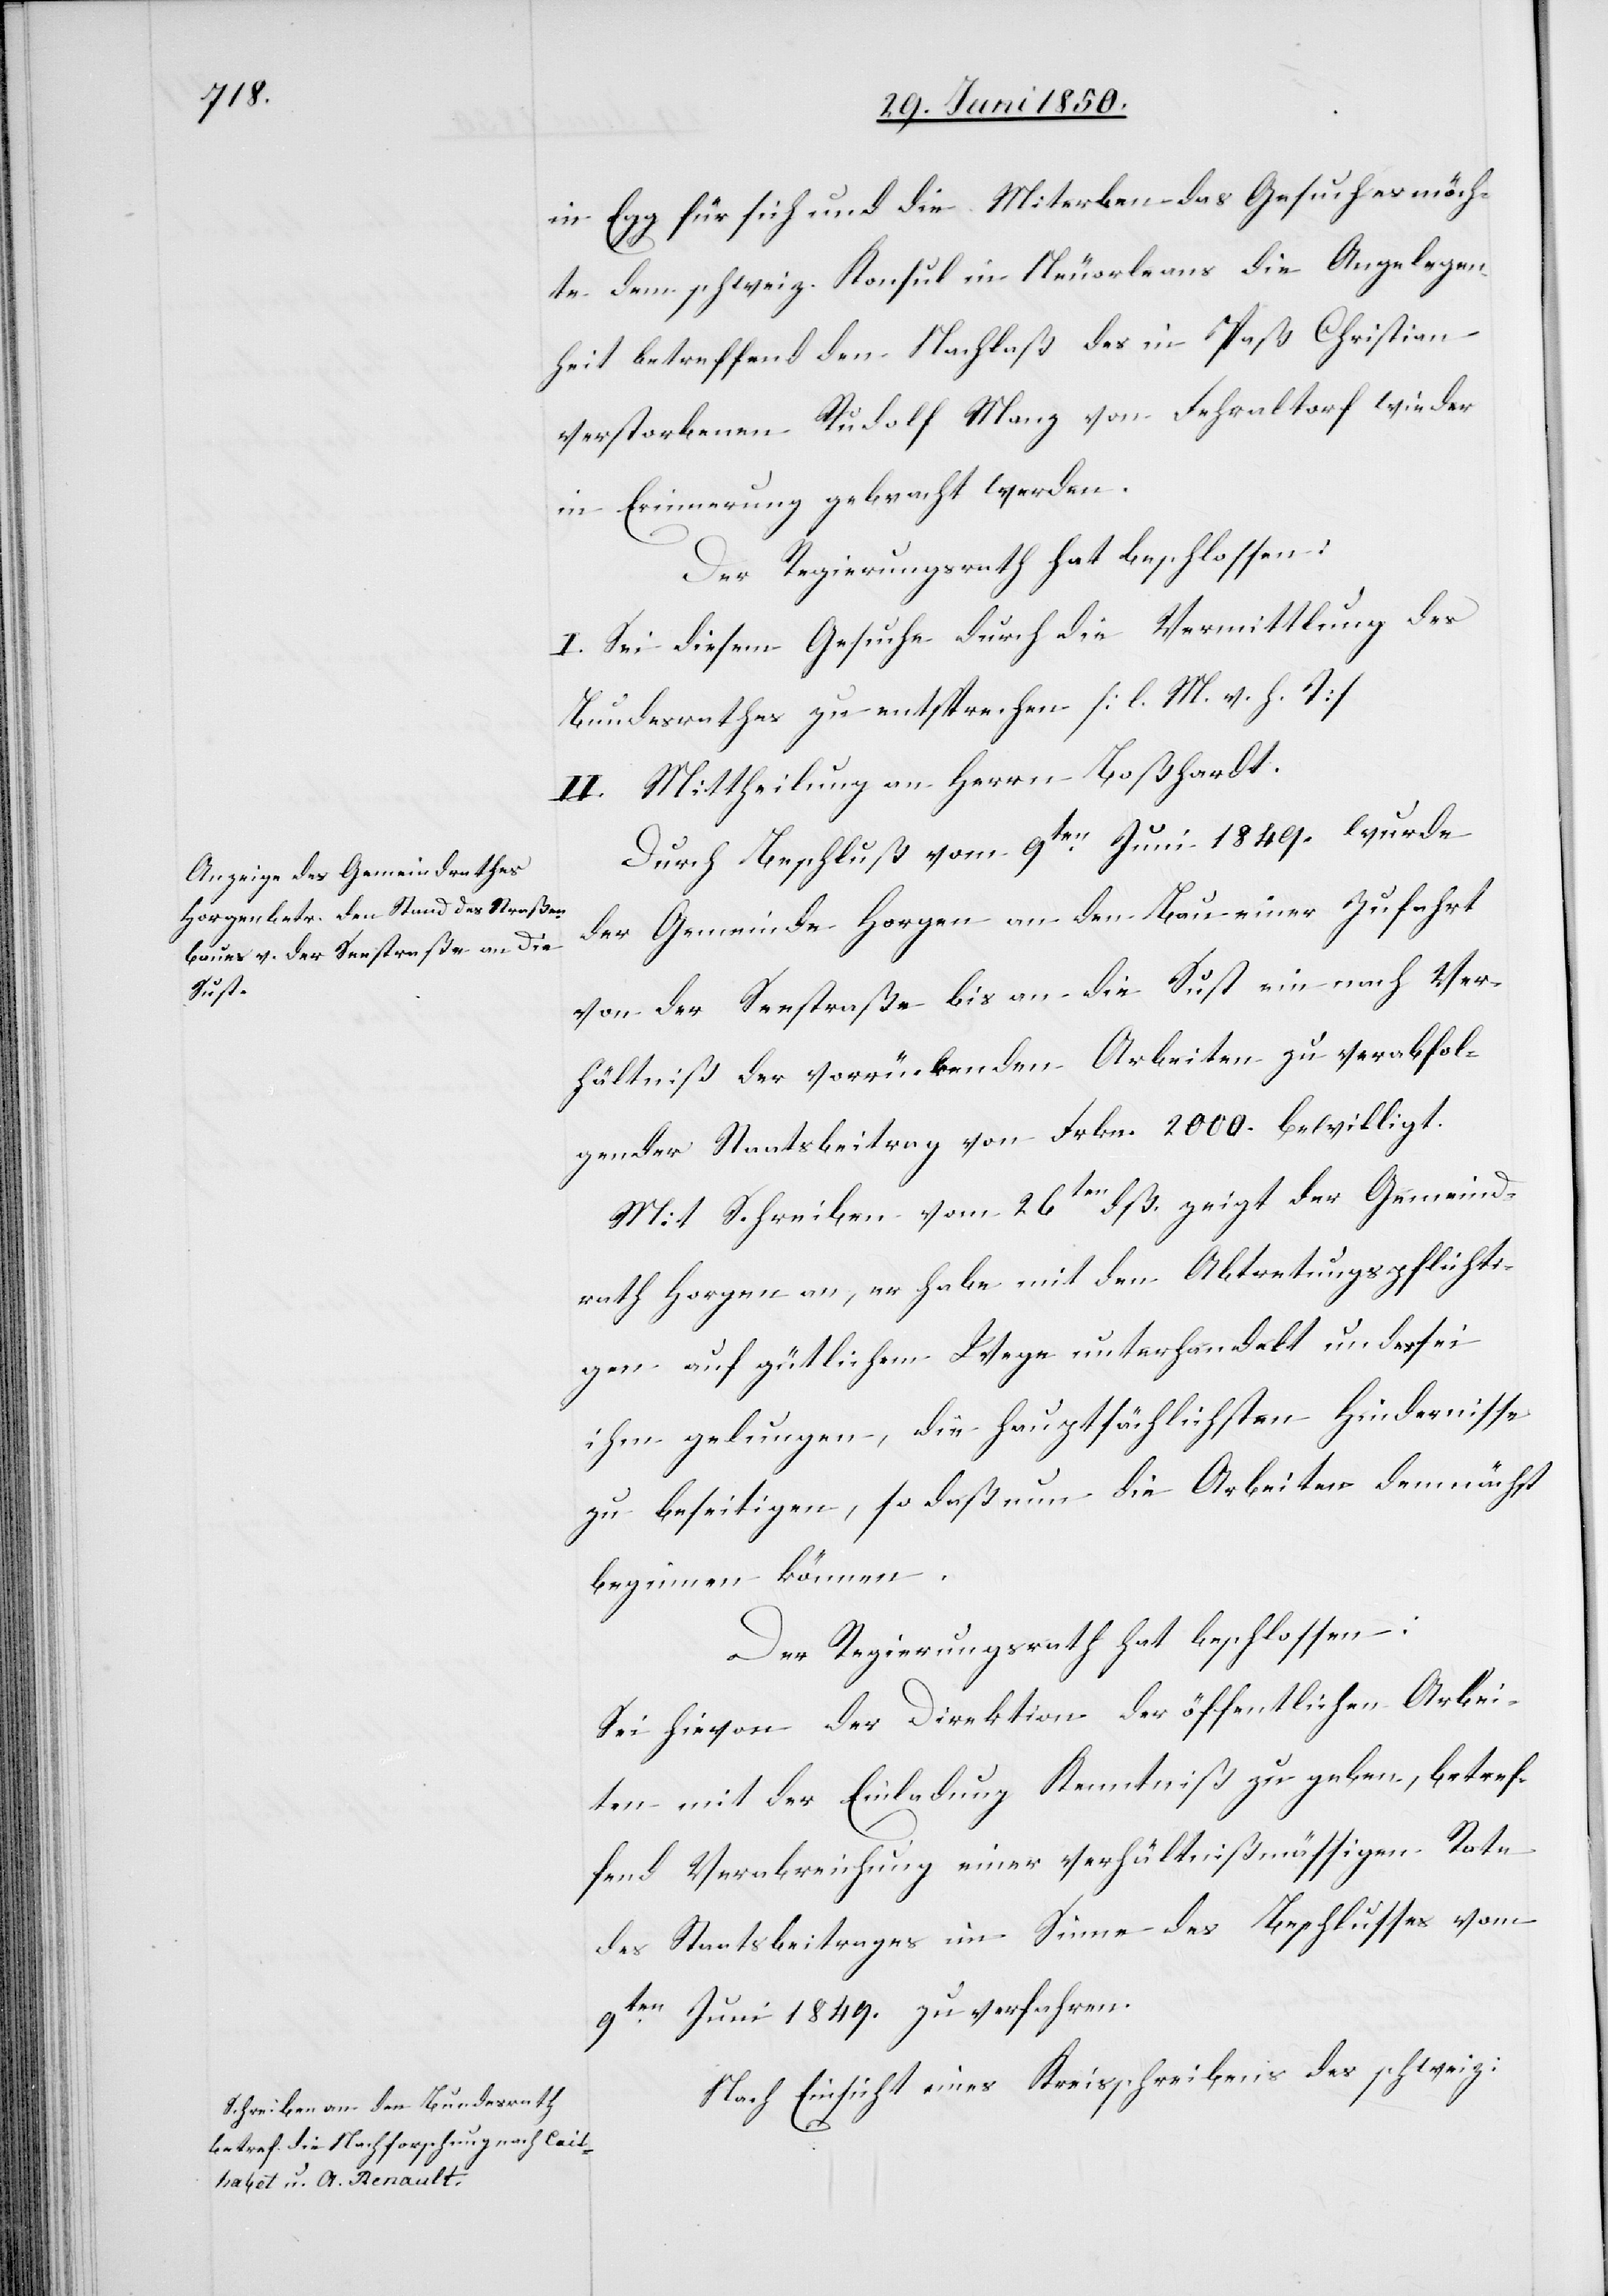
in Egg für sich und die Miterben das Gesuch es möch¬
te dem schweiz. Konsul in Neuorleans die Angelegen¬
heit betreffend den Nachlaß des in Paß Christian
verstorbenen Rudolf Manz von Fehraltorf wieder
in Erinnerung gebracht werden.
Der Regierungsrath hat beschlossen:
I. Sei diesem Gesuche durch die Vermittlung des
Bundesrathes zu entsprechen [l. M. v. h. T]
II. Mittheilung an Herrn Boßhardt.
Durch Beschluß vom 9ten Juni 1849. wurde
der Gemeinde Horgen an den Bau einer Zufahrt
von der Seestraße bis an die Sust ein nach Ver¬
hältniß der vorrückenden Arbeiten zu verabfol¬
gender Staatsbeitrag von Frkn. 2000. bewilligt.
Mit Schreiben vom 26ten dß. zeigt der Gemeind¬
rath Horgen an, er habe mit den Abtretungspflichti¬
gen auf gütlichem Wege unterhandelt und es sei
ihm gelungen, die hauptsächlichsten Hindernisse
zu beseitigen, so daß nun die Arbeiten demnächst
beginnen können.
Der Regierungsrath hat beschlossen:
Sei hievon der Direktion der öffentlichen Arbei¬
ten mit der Einladung Kenntniß zu geben, betref¬
fend Verabreichung einer verhältnißmässigen Rate
des Staatsbeitrages im Sinne des Beschlusses vom
9ten Juni 1849. zu verfahren.
Nach Einsicht eines Kreisschreibens des schweiz: